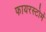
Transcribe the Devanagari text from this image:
फायरस्टोर्म